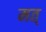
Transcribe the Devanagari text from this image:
मत्